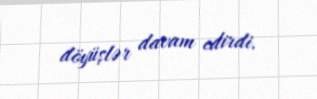
döyüşlər davam edirdi.